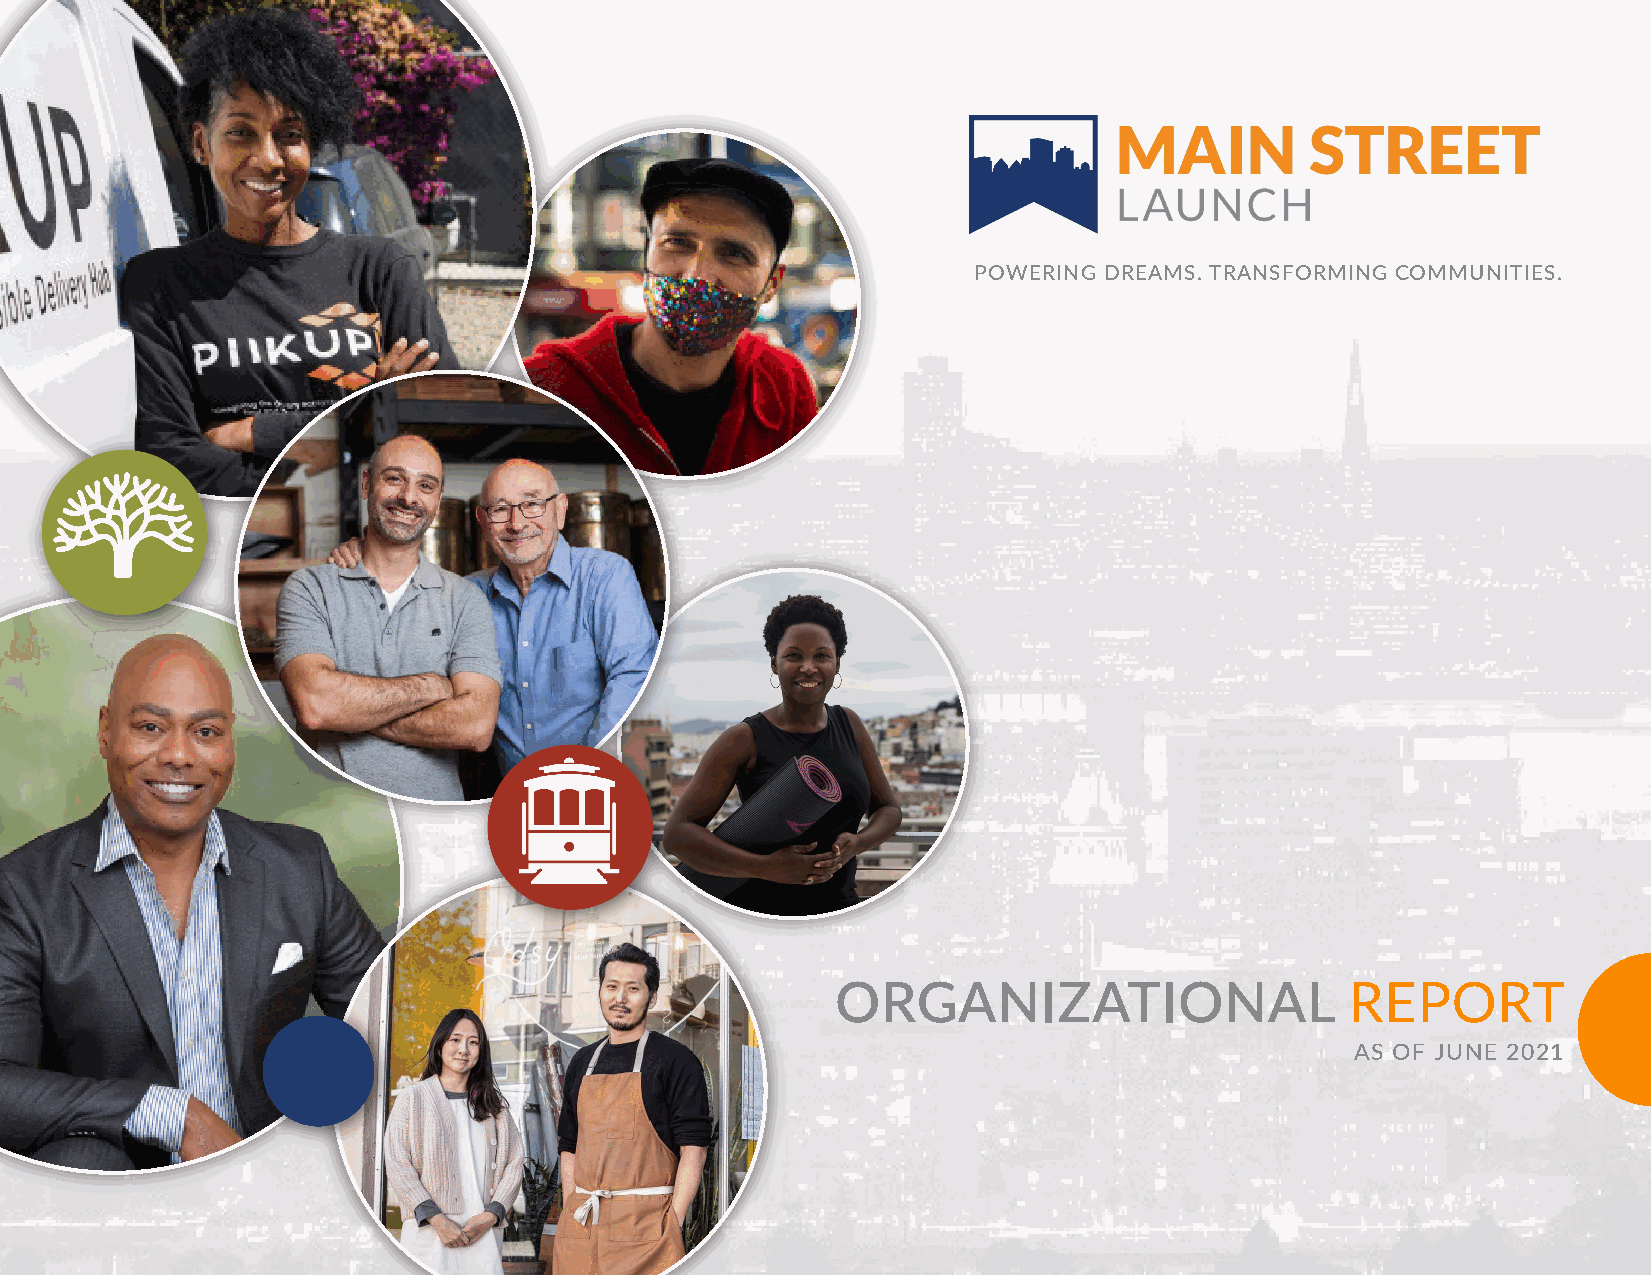
POWERING DREAMS. TRANSFORMING COMMUNITIES.
 ORGANIZATIONAL                    REPORT
 AS OF JUNE 2021